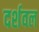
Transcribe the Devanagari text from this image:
दर्शवल